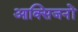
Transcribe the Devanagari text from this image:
आक्सिजनों